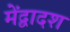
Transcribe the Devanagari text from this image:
मेंद्वादश